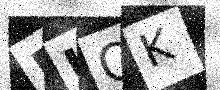
Text: 5KQK